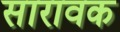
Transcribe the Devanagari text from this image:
सारावक